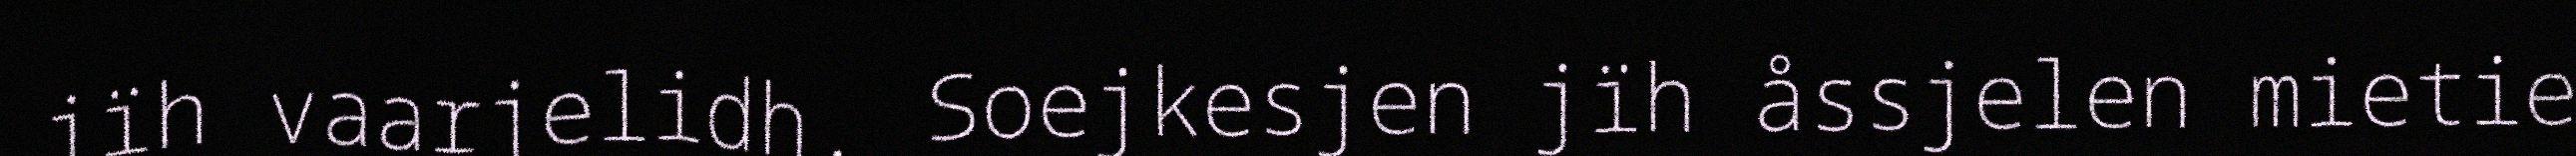
jïh vaarjelidh. Soejkesjen jïh åssjelen mietie